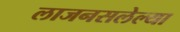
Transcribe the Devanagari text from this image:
लाजनसलेल्या